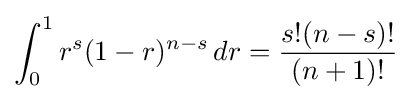
\int _{0}^{1}r^{s}(1-r)^{n-s}\,dr={s!(n-s)! \over (n+1)!}